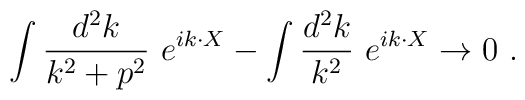
\int{d^2 k\over {k^2+p^2}}~ e^{ik\cdot X}-\int {d^2 k\over k^2}~e^{ik\cdot X}\rightarrow 0~.